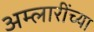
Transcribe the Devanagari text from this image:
अम्लारींच्या